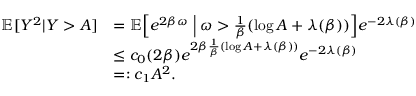
\begin{array} { r l } { \mathbb { E } [ Y ^ { 2 } | Y > A ] } & { = \mathbb { E } \Big [ e ^ { 2 \beta \omega } \; \Big | \; \omega > \frac { 1 } { \beta } ( \log A + \lambda ( \beta ) ) \Big ] e ^ { - 2 \lambda ( \beta ) } } \\ & { \leq c _ { 0 } ( 2 \beta ) e ^ { 2 \beta \frac { 1 } { \beta } ( \log A + \lambda ( \beta ) ) } e ^ { - 2 \lambda ( \beta ) } } \\ & { = : c _ { 1 } A ^ { 2 } . } \end{array}